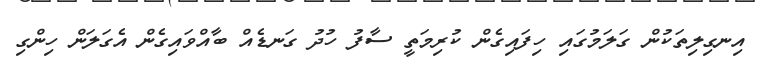
އިނގިލިތަކުން ގަލަމުގައި ހިފައިގެން ކުރިމަތީ ސާފު ހުދު ގަނޑެއް ބާއްވައިގެން އެގަލަން ހިންގި